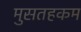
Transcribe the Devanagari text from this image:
मुसतहकम